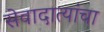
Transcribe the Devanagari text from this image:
सेवादात्यांचा